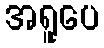
အရူပေ